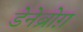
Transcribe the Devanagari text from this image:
डेनेब्रोग़